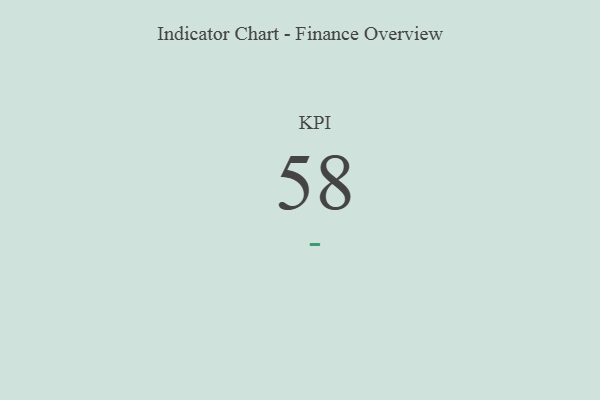
{"axis": {"x": "KPI", "y": "Value"}, "legend": [""], "data": [{"x": "KPI", "y": 58, "type": ""}]}